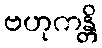
ဗဟုကန္တိ